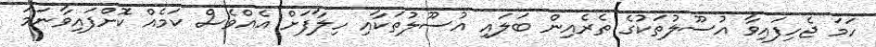
ހަމަ ޖެހިފައިވާ އުސޫލުތަކުގެ ތެެރެއިން ބަލައި އުސޫލުތަކާއި ހިލާފަށް އެއްވެސް ކަމެއް ކޮށްފައިވާނަމަ